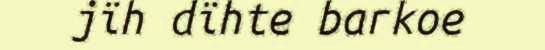
jïh dïhte barkoe